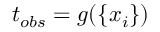
t _ { o b s } = g ( \{ x _ { i } \} )